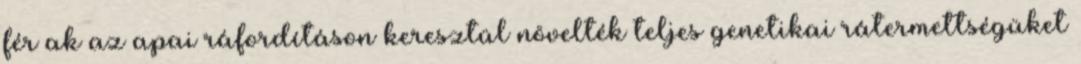
férﬁak az apai ráfordításon keresztül növelték teljes genetikai rátermettségüket